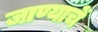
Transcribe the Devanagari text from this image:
जाण्याचें